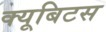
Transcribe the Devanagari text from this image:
क्यूबिटस